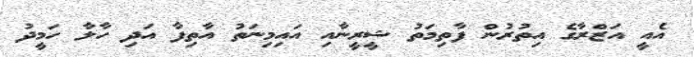
އެއީ އަޒްރާގެ އިތުރުން ފާތިމަތު ޝީރީނާއި އައިމިނަތު އާތިފާ އަދި ހާލާ ހަމީދު